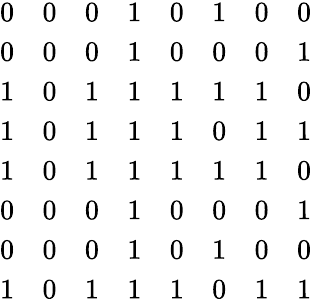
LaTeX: \begin{array}{cccccccc}{0}&{0}&{0}&{1}&{0}&{1}&{0}&{0}\\ {0}&{0}&{0}&{1}&{0}&{0}&{0}&{1}\\ {1}&{0}&{1}&{1}&{1}&{1}&{1}&{0}\\ {1}&{0}&{1}&{1}&{1}&{0}&{1}&{1}\\ {1}&{0}&{1}&{1}&{1}&{1}&{1}&{0}\\ {0}&{0}&{0}&{1}&{0}&{0}&{0}&{1}\\ {0}&{0}&{0}&{1}&{0}&{1}&{0}&{0}\\ {1}&{0}&{1}&{1}&{1}&{0}&{1}&{1}\end{array}